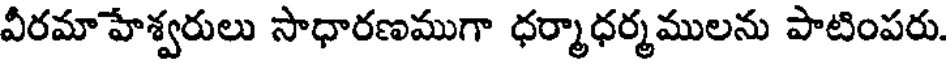
వీరమాహేశ్వరులు సాధారణముగా ధర్మాధర్మములను పాటింపరు.